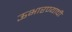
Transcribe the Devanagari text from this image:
ऊभारण्याची